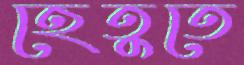
হেতুতে